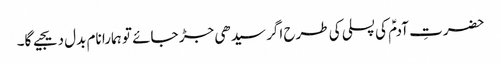
حضرتِ آدمؑ کی پسلی کی طرح اگر سیدھی جڑ جائے تو ہمارا نام بدل دیجیے گا۔